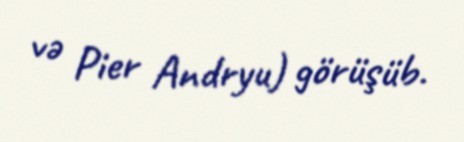
və Pier Andryu) görüşüb.